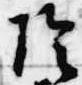
陰